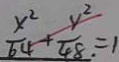
\frac { x ^ { 2 } } { 6 4 } + \frac { y ^ { 2 } } { 4 8 \cdot } = 1